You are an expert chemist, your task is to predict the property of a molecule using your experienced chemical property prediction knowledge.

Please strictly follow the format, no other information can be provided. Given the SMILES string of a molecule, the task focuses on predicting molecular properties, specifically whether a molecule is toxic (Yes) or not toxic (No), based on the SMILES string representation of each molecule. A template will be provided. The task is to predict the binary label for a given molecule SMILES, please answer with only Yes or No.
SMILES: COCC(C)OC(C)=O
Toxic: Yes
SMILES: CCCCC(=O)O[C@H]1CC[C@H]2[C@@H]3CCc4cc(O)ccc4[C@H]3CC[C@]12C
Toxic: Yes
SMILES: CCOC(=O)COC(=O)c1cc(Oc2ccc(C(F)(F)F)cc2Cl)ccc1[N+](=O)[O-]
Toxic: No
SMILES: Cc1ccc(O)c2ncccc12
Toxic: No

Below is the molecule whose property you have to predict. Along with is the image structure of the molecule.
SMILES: CCOC(=O)C=Cc1ccccc1
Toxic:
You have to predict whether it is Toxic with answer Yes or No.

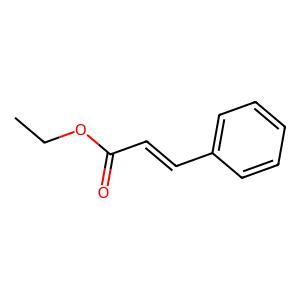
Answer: No